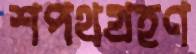
শপথগ্রহণ